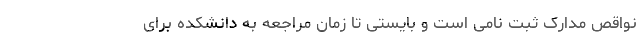
نواقص مدارک ثبت­ نامی است و بایستی تا زمان مراجعه به دانشکده برای